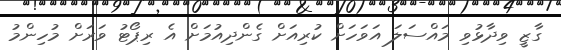
ގާޒީ ވިދާޅުވި މަައްސަލަ އަވަހަށް ކުރިއަށް ގެންދިއުމަށް އެ ރިޕޯޓު ވަރަށް މުހިންމު